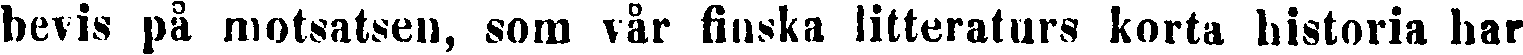
bevis på motsatsen, som vår finska litteraturs korta historia har